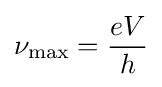
\nu _{\rm {max}}={\frac {eV}{h}}